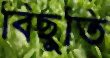
বিছুতি